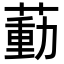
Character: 𦹝